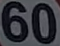
60